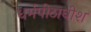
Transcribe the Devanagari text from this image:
धर्मपीठाधीश